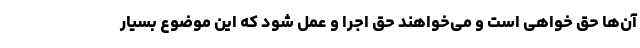
آن‌ها حق خواهی است و می‌خواهند حق اجرا و عمل شود که این موضوع بسیار